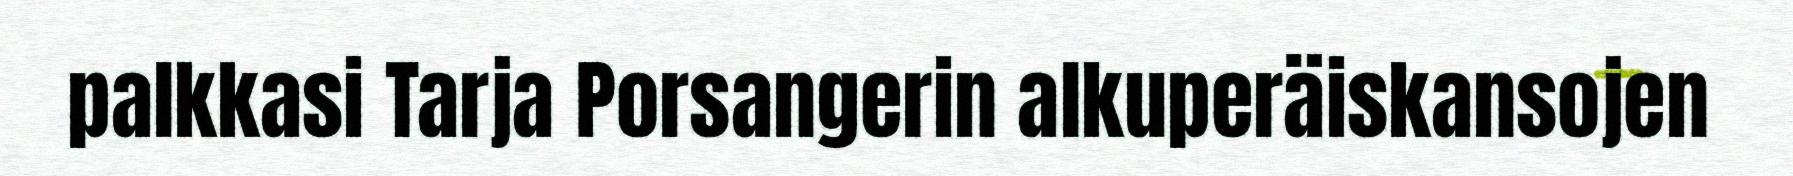
palkkasi Tarja Porsangerin alkuperäiskansojen